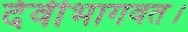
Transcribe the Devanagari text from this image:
देवीभागवत।